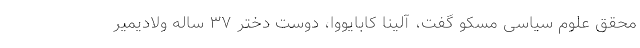
محقق علوم سیاسی مسکو گفت، آلینا کابایووا، دوست دختر ۳۷ ساله ولادیمیر